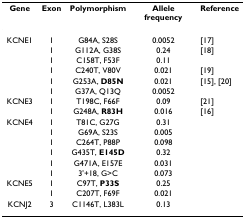
| Gene | Exon | Polymorphism | Allele frequency | Reference |
 | --- | --- | --- | --- | --- |
 | KCNE1 | 1 | G84A, S28S | 0.0052 | [17] |
 |  | 1 | G112A, G38S | 0.24 | [18] |
 |  | 1 | C158T, F53F | 0.11 |  |
 |  | 1 | C240T, V80V | 0.021 | [19] |
 |  | 1 | G253A, D85N | 0.021 | [15], [20] |
 |  | 1 | G37A, Q13Q | 0.0052 |  |
 | KCNE3 | 1 | T198C, F66F | 0.09 | [21] |
 |  | 1 | G248A, R83H | 0.016 | [16] |
 | KCNE4 | 1 | T81C, G27G | 0.31 |  |
 |  | 1 | G69A, S23S | 0.005 |  |
 |  | 1 | C264T, P88P | 0.098 |  |
 |  | 1 | G435T, E145D | 0.32 |  |
 |  | 1 | G471A, E157E | 0.031 |  |
 |  | 1 | 3'+18, G>C | 0.073 |  |
 | KCNE5 | 1 | C97T, P33S | 0.25 |  |
 |  | 1 | C207T, F69F | 0.021 |  |
 | KCNJ2 | 3 | C1146T, L383L | 0.13 |  |